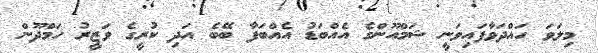
މިލަވަ ހައްދަވާފައިވަނީ ޝަމްއޫންގެ އެއްބަޑު އެއްބަފާ ބޭބެ އަދި ކުރީގެ ވަޒީރު ހަމްދޫން